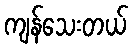
ကျန်သေးတယ်